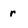
Character: r